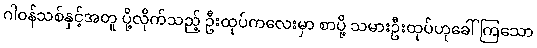
ဂါဝန်သစ်နှင့်အတူ ပို့လိုက်သည့် ဦးထုပ်ကလေးမှာ စာပို့ သမားဦးထုပ်ဟုခေါ်ကြသော